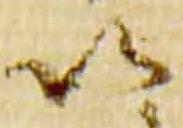
以